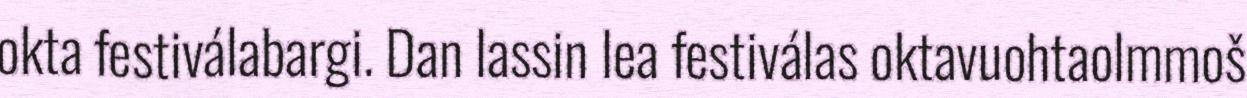
okta festiválabargi. Dan lassin lea festiválas oktavuohtaolmmoš